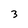
Character: 3